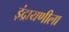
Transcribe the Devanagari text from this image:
इंद्रायणीला